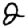
Digit: 2